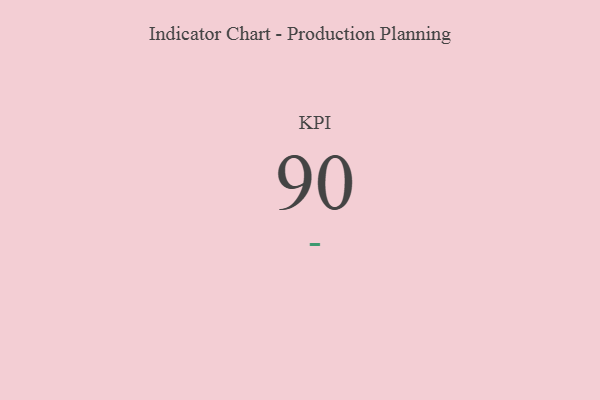
{"axis": {"x": "KPI", "y": "Value"}, "legend": [""], "data": [{"x": "KPI", "y": 90, "type": ""}]}